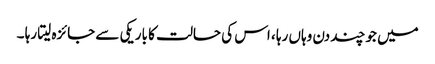
میں جو چند دن وہاں رہا ، اس کی حالت کا باریکی سے جائزہ لیتا رہا ۔